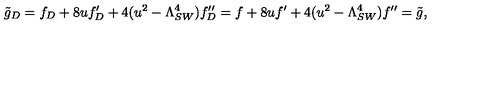
\tilde { g } _ { D } = f _ { D } + 8 u f _ { D } ^ { \prime } + 4 ( u ^ { 2 } - \Lambda _ { S W } ^ { 4 } ) f _ { D } ^ { \prime \prime } = f + 8 u f ^ { \prime } + 4 ( u ^ { 2 } - \Lambda _ { S W } ^ { 4 } ) f ^ { \prime \prime } = \tilde { g } ,